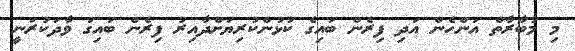
މި މުބާރާތް އަންހެން އަދި ފިރެން ބައިގެ ކުޅުންކުރިޔަށްދާއިރު ފިރެން ބައިގަ ވާދަކުރަނީ